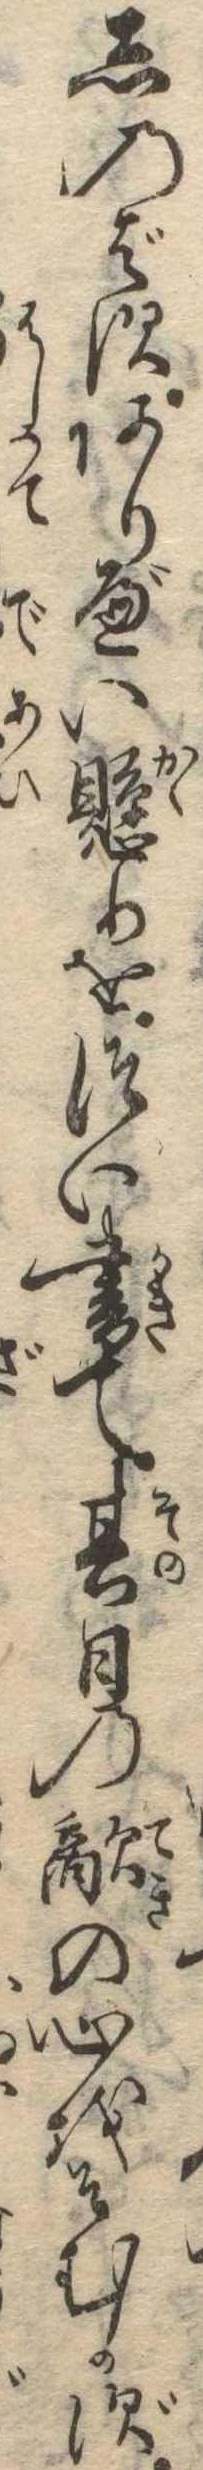
しのばずありべい懸りをつい書て其日の敵の心をそむかず